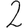
Digit: 2